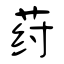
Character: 荮